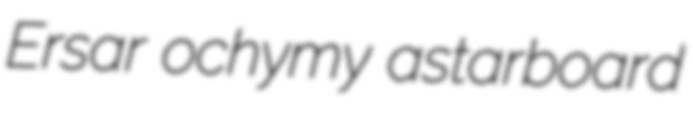
Ersar ochymy astarboard